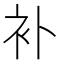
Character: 补